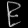
Digit: ၉